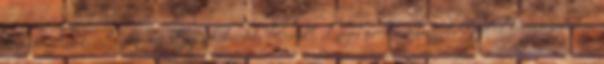
kormánybiztosa, Salamon Lajos kihirdeti Kossuth Lajos proklamációját, egyúttal kormánybiztosi